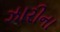
ઝારીના